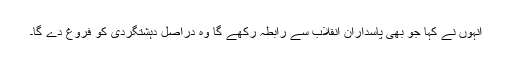
انہوں نے کہا جو بھی پاسداران انقلاب سے رابطہ رکھے گا وہ دراصل دہشتگردی کو فروغ دے گا۔